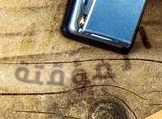
المؤقتة